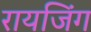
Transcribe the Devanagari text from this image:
रायजिंग